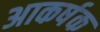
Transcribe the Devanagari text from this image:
अाकर्षक